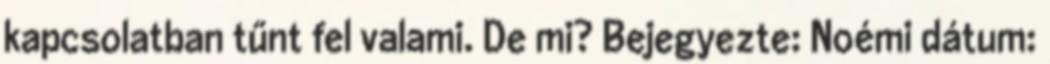
kapcsolatban tűnt fel valami. De mi? Bejegyezte: Noémi dátum: